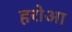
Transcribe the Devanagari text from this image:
हरोआ